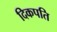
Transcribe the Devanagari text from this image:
दिकपति